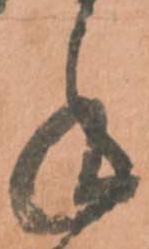
手